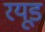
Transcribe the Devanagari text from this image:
रयूड